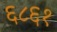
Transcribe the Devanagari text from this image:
६८६१